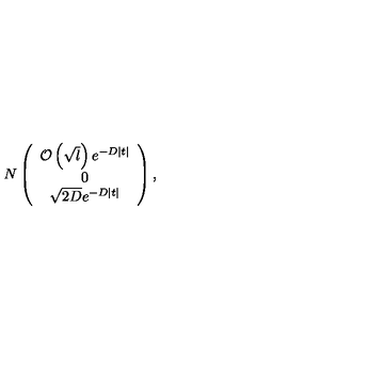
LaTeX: N \left( \begin{array} { c } { { \cal { O } } \left( \sqrt { l } \right) e ^ { - D | t | } } \\ { 0 } \\ { \sqrt { 2 D } e ^ { - D | t | } } \\ \end{array} \right) ,